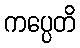
ကပ္ပေတိ